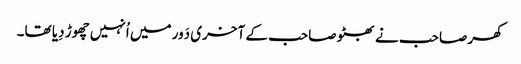
کھر صاحب نے بھٹو صاحب کے آخری دَور میں اُنہیں چھوڑ دِیا تھا۔